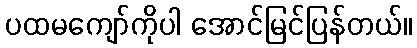
ပထမကျော်ကိုပါ အောင်မြင်ပြန်တယ်။